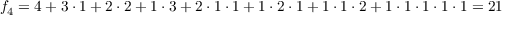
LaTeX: f _ { 4 } = 4 + 3 \cdot 1 + 2 \cdot 2 + 1 \cdot 3 + 2 \cdot 1 \cdot 1 + 1 \cdot 2 \cdot 1 + 1 \cdot 1 \cdot 2 + 1 \cdot 1 \cdot 1 \cdot 1 \cdot 1 = 2 1